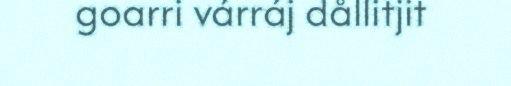
goarri várráj dållitjit